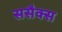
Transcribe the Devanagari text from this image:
ससैक्स